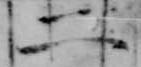
二